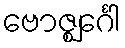
ဗောဇ္ဈင်္ဂေါ